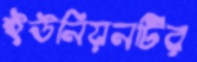
ইউনিয়নটির